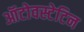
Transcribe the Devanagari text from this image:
ऑटोवस्टेटिन